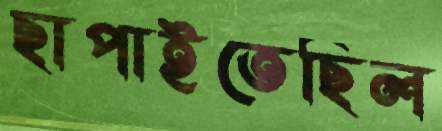
ছাপাইতেছিল